King Institute of Preventive Medicine Micro-Biological Section reports 1912-19
Year: 1912
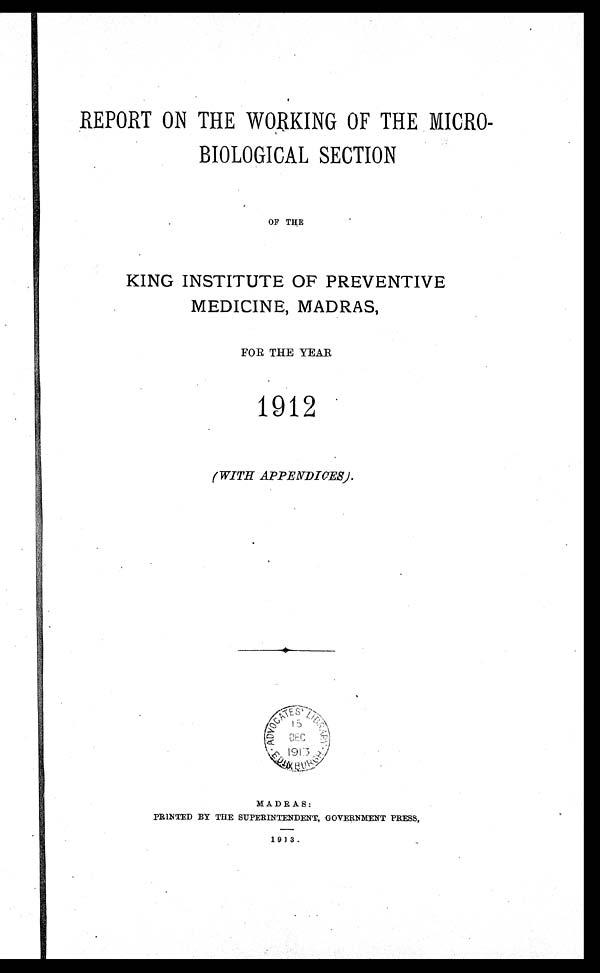
REPORT ON THE WORKING OF THE MICRO-
BIOLOGICAL SECTION
OF THE
KING INSTITUTE OF PREVENTIVE
MEDICINE, MADRAS,
FOR THE YEAR
1912
(WITH APPENDICES).
MADRAS:
PRINTED BY THE SUPERINTENDENT, GOVERNMENT PRESS,
1913.